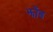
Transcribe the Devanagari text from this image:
झोंड